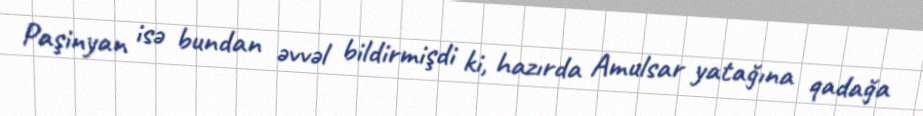
Paşinyan isə bundan əvvəl bildirmişdi ki, hazırda Amulsar yatağına qadağa